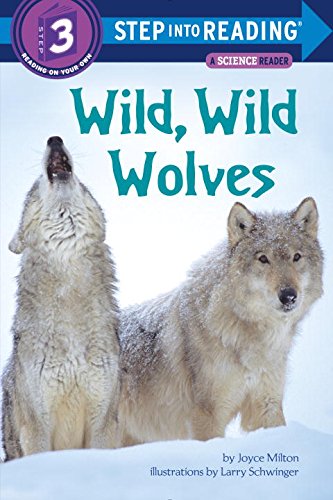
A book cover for Wild, Wild Wolves (Step into Reading); Joyce Milton; Children's Books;